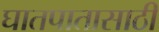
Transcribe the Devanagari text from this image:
घातपातासाठी